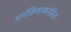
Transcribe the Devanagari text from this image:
अर्थक्रियाकारित्व